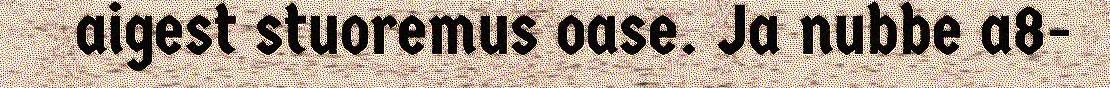
aigest stuoremus oase. Ja nubbe a8-